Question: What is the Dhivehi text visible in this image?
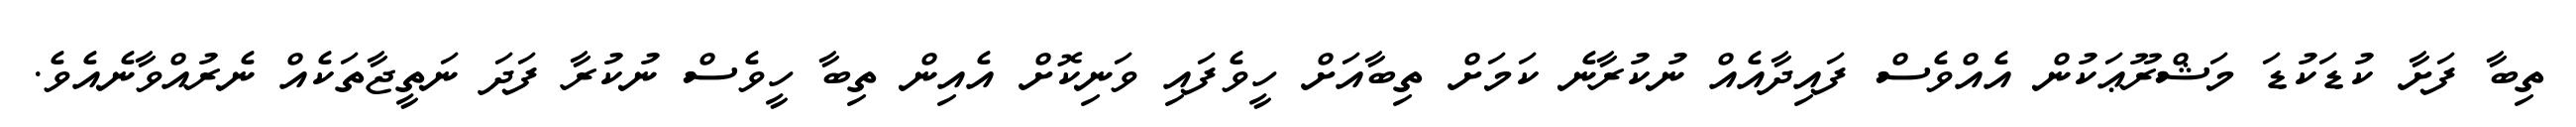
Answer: ތިބާ ފަށާ ކުޑަކުޑަ މަޝްރޫޢަކުން އެއްވެސް ފައިދާއެއް ނުކުރާނެ ކަމަށް ތިބާއަށް ހީވެފައި ވަނިކޮށް އެއިން ތިބާ ހީވެސް ނުކުރާ ފަދަ ނަތީޖާތަކެއް ނެރުއްވާނެއެވެ.